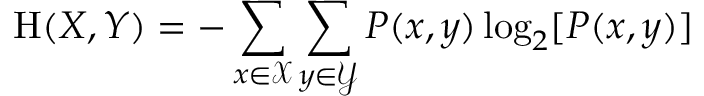
\mathrm { H } ( X , Y ) = - \sum _ { x \in { \mathcal { X } } } \sum _ { y \in { \mathcal { Y } } } P ( x , y ) \log _ { 2 } [ P ( x , y ) ]